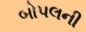
બોપલની